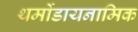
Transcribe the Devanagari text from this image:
थर्मोडायनामिक